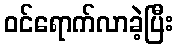
ဝင်ရောက်လာခဲ့ပြီး